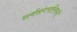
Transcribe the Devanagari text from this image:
सर्वसंगपरित्यागी